Document type: Sale
Year: 1323
Scribe: Guillem Coscoll
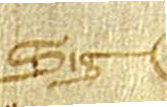
Sig